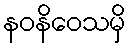
နဝနိဝေသမှိ